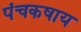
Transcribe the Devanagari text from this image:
पंचकषाय